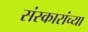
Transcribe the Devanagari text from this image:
संस्कारांच्या